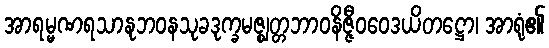
အာရမ္မဏရသာနုဘဝနသုခဒုက္ခမဇ္ဈတ္တဘာဝနိဇ္ဇီဝဝေဒယိတဋ္ဌော၊ အာရုံ၏